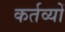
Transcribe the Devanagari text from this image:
कर्तव्‍यों